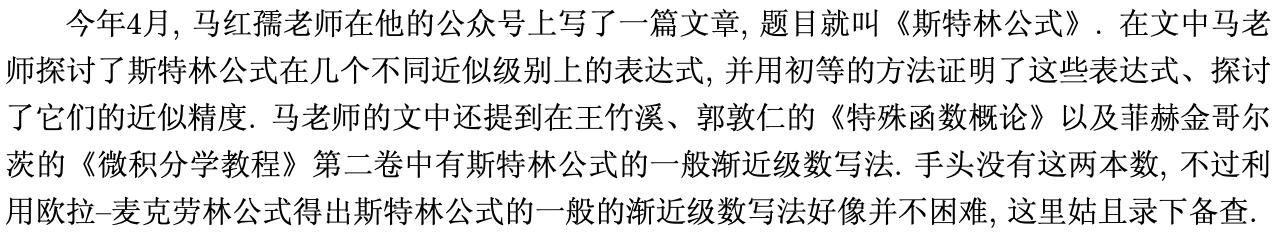
今年4月, 马红孺老师在他的公众号上写了一篇文章, 题目就叫《斯特林公式》. 在文中马老师探讨了斯特林公式在几个不同近似级别上的表达式, 并用初等的方法证明了这些表达式、探讨了它们的近似精度. 马老师的文中还提到在王竹溪、郭敦仁的《特殊函数概论》以及菲赫金哥尔茨的《微积分学教程》第二卷中有斯特林公式的一般渐近级数写法. 手头没有这两本数, 不过利用欧拉--麦克劳林公式得出斯特林公式的一般的渐近级数写法好像并不困难, 这里姑且录下备查.